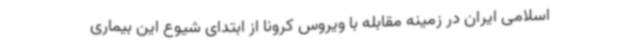
اسلامی ایران در زمینه مقابله با ویروس کرونا از ابتدای شیوع این بیماری